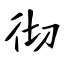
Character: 彻